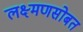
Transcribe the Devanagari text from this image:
लक्ष्मणसोबत